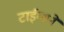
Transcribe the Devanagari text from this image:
टाईम्सने